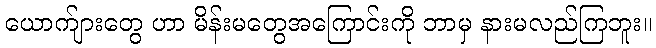
ယောက်ျားတွေ ဟာ မိန်းမတွေအကြောင်းကို ဘာမှ နားမလည်ကြဘူး။